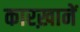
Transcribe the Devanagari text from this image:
कारख़ानें